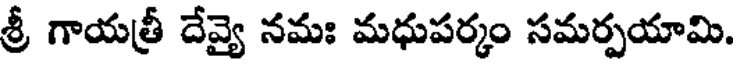
శ్రీ గాయత్రీ దేవ్యై నమః మధుపర్కం సమర్పయామి.